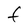
Character: F